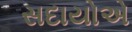
સદાયોએ